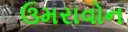
ઉમરાવોન